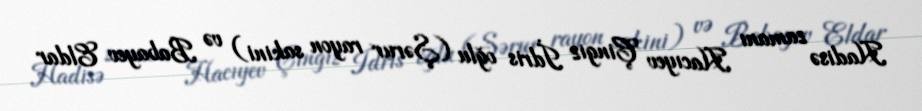
Hadisə zamanı Hacıyev Çingiz İdris oğlu (Şərur rayon sakini) və Babayev Eldar